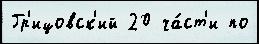
Гр'ицовск'ий 20 ча́ст'и по